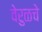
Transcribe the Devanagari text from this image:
वेरुळचे